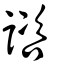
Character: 諮